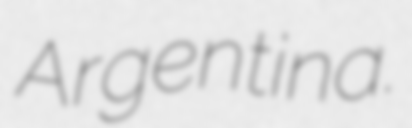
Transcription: Argentina.